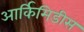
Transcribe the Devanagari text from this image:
आर्किमिडीस